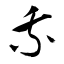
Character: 乗